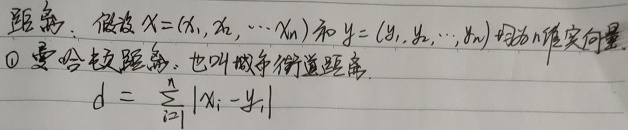
距离：假设$\boldsymbol{x}=(x_1, x_2, \cdots, x_n)$和$\boldsymbol{y}=(y_1, y_2, \cdots, y_n)$均为$n$维实向量.
\textcircled{1} 曼哈顿距离，也叫城市街道距离
\[
d = \sum_{i = 1}^{n} |x_{i} - y_{i}|
\]